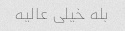
بله خیلی عالیه